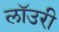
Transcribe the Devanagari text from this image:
लाॅउरी